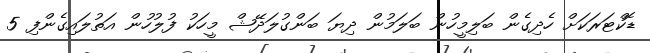
ޑޮކްޓަރަކަށް ހެދިގެން ބަލިމީހުން ބަލަމުން ދިޔަ ބަންގުލަދޭޝް މީހަކު ފުލުހުން އަތުލައިގެންފި 5